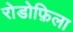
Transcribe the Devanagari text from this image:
रोडोफ़िला